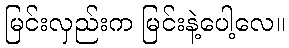
မြင်းလှည်းက မြင်းနဲ့ပေါ့လေ။